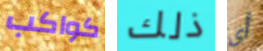
كواكب ذلك أي